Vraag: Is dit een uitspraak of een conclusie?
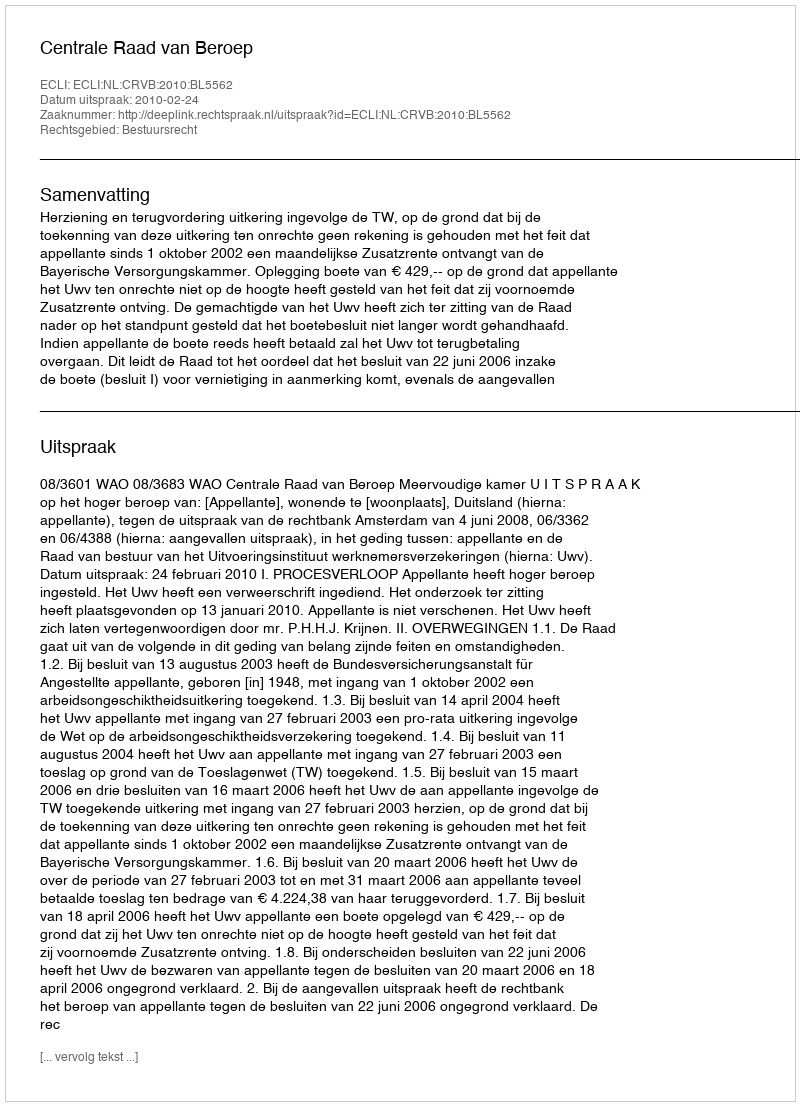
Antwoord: Uitspraak